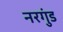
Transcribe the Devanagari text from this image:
नरगुंड